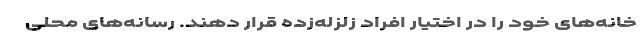
خانه‌های خود را در اختیار افراد زلزله‌زده قرار دهند. رسانه‌های محلی